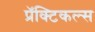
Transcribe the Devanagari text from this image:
प्रॅक्टिकल्स